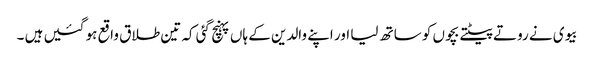
بیوی نے روتے پیٹتے بچوں کو ساتھ لیا اور اپنے والدین کے ہاں پہنچ گئی کہ تین طلاق واقع ہو گئیں ہیں ۔